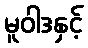
မူဝါဒနှင့်